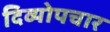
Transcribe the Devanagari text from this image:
दिव्योपचार